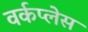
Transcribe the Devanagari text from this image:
वर्कप्लेस